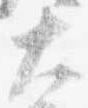
大